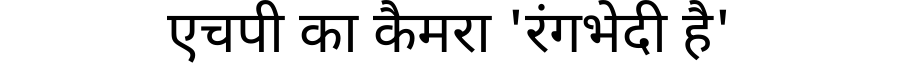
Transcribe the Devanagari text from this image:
एचपी का कैमरा 'रंगभेदी है'